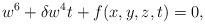
LaTeX: \begin{align*}w^6 + \delta w^4 t + f (x,y,z,t) = 0,\end{align*}